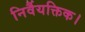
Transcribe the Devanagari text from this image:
निर्वैयक्तिक।